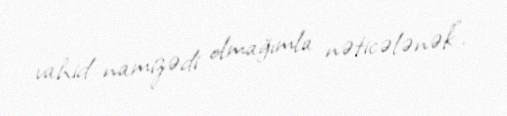
vahid namizədi olmağımla nəticələnək”.